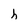
Character: h